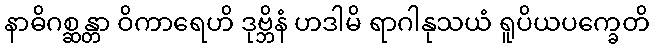
နာဓိဂစ္ဆန္တာ ဝိကာရေဟိ ဒုဗ္ဘိနံ ဟဒါမိ ရာဂါနုသယံ ရူပိယပက္ခေတိ